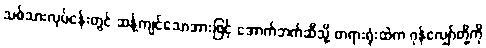
သစ်သားလုပ်ငန်းတွင် ဆန့်ကျင်သောအားဖြင့် အောက်ဘက်ဆီသို့ တရားရုံးထဲက ဂုန်လျှော်တို့ကို